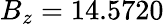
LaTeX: B_{z}=14.5720